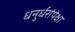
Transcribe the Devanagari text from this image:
धनुर्धरांपेक्षा